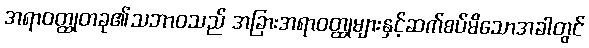
အရာဝတ္ထုတခု၏သဘာဝသည် အခြားအရာဝတ္ထုများနှင့်ဆက်စပ်မိသောအခါတွင်